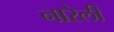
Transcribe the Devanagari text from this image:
नारेली